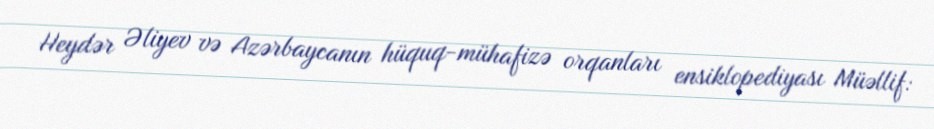
Heydər Əliyev və Azərbaycanın hüquq-mühafizə orqanları ensiklopediyası Müəllif: